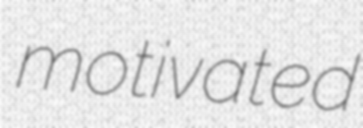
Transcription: motivated